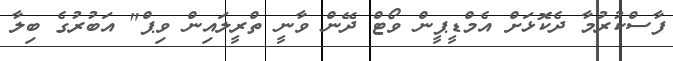
ފާސްކުރުމާ ދެކޮޅަށް އެމްޑީޕީން ވޯޓް ދޭން ވާނީ ތްރީލައިން ވިޕް" އަބުރުގެ ބިލާ